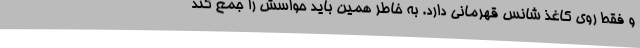
و فقط روی کاغذ شانس قهرمانی دارد. به خاطر همین باید حواسش را جمع کند